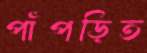
পাঁপড়িত